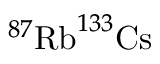
^ { 8 7 } \mathrm { R b } ^ { 1 3 3 } \mathrm { C s }